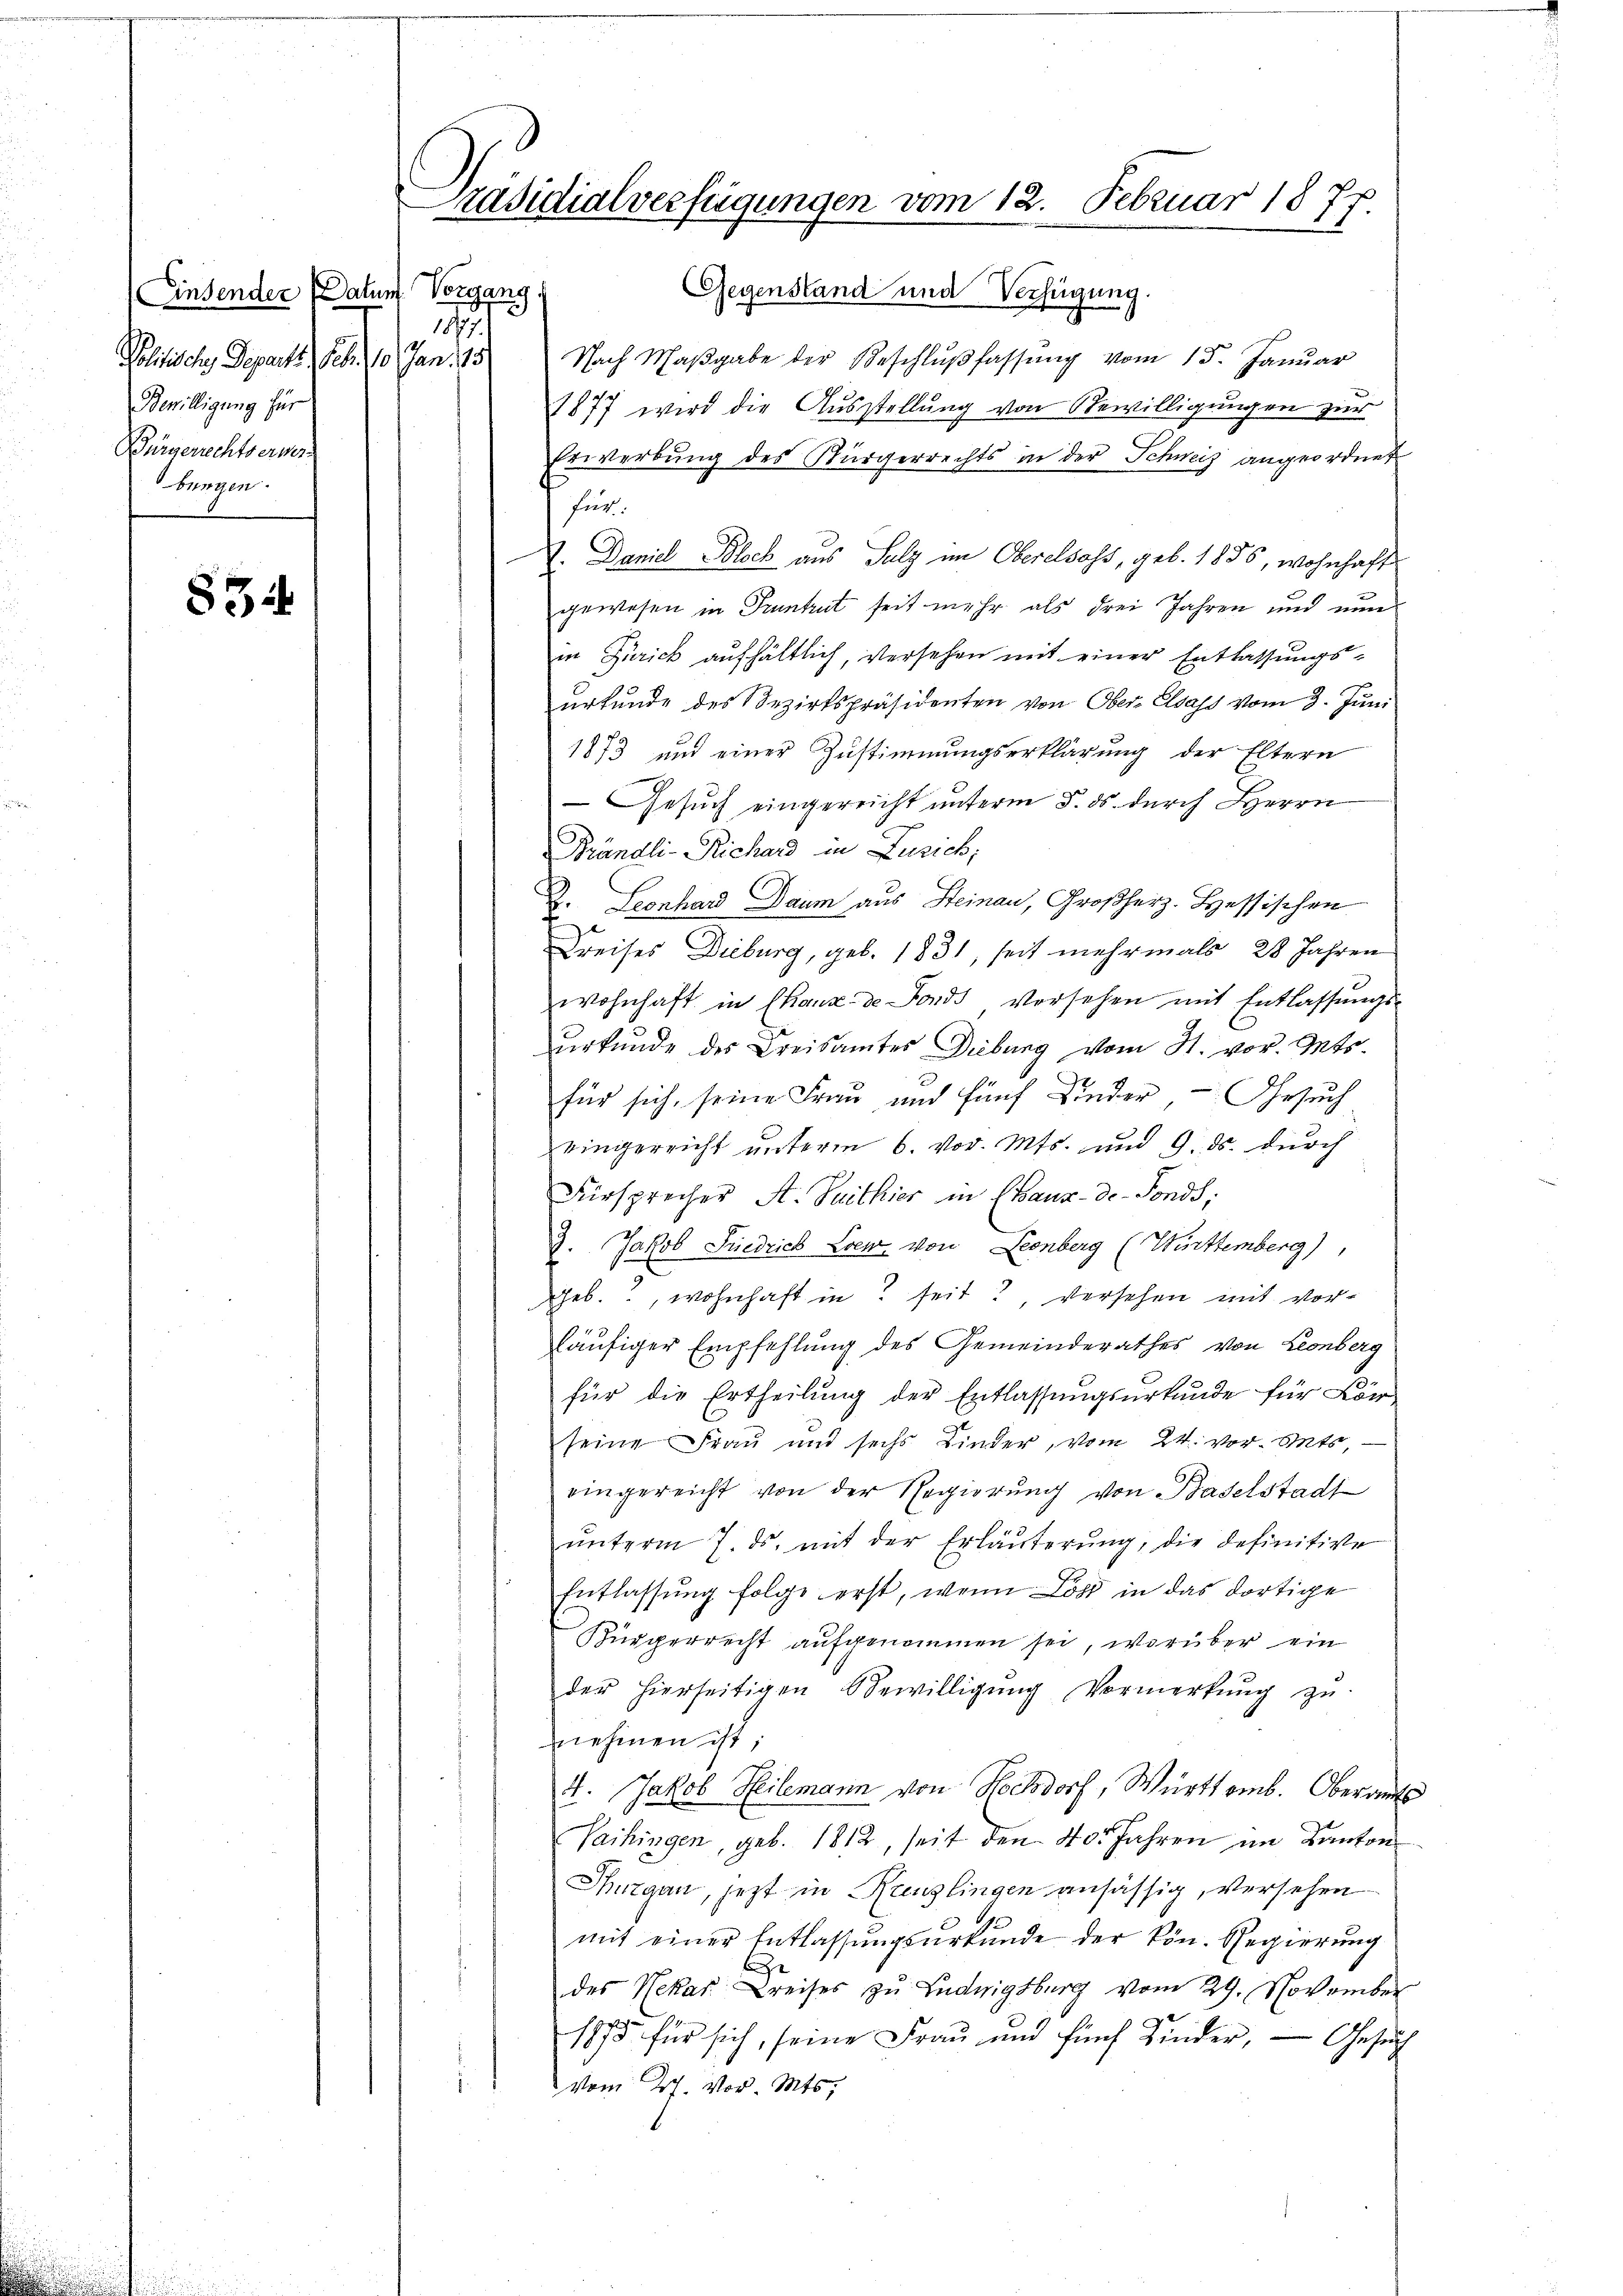
(Einsender Datum Vorgang
187.
Sachen Gegen Art. 1. Jan. 18
Bewilligung für
Bürgerrechtserwer
bungen.

834

Gegenstand und Verfügung.
Nach Maβgabe der Beschlŭβ fassŭng vom 15. Janŭar
1877 wird die Ausstellung von Bewilligungen zur
Erwerbung des Bürgerrechts in der Schweiz angeordnet
für.
V. Daniel Block aus Sulz im Oberelsass, geb. 1835, wohnhaft
gewesen in Pruntrut seit mehr als drei Jahren und nunin Zürich aufhältlich, versehen mit einer Entlassungsurkunde des Bezirkspräsidenten von Ober-Elsass vom 9. Juni
1873 und einer Zustimmungserklärung der Eltern
Gesŭch eingereicht unterm 5. ds. durch Herrn
Brändli-Richard in Zürich,
D. Leonhard Daum aus Steinau, Großherz. Hessischen
Kreises Dieburg, geb. 1831, seit mehrmals 28 Jahren
wohnhaft in Chaux de Fonds versehen mit Entlassŭngs-
urkunde des Kreisamtes Diebung vom 31. vor. Guts
für sich, seine Frau und fünf Kinder - Gesuch
zeingereicht unterm 6. vor. Mts. und 9. ds. durch
Fürsprecher A. Suithier in Chaux-de-Fonds,
9. Jakob Friedrich Loew, von Leonberg (Württemberg),
eb., wohnhaft in seit, versehen mit vorhäufiger Empfehlung des Gemeinderathes von Leonberg
für die Ertheilung der Entlassungsurkunde für Kör
seine Frau und sechs Kinder, vom 24. vor. Mts,
eingereicht von der Regierung von Baselstadt
.
ŭnterm 7. ds. mit der Erläuterung, die definitive
Entlassŭng folge erst, wenn Los in das dortige
Bürgerrecht aufgenommen sei, worüber ein
der hierseitigen Bewilligung Vormerkung zu
nehmen ist;
4. Jakob Heilemann von Hochdorf, Württemb. Oberamts
Vaihingen, geb. 1812, seit den 40. Jahren im Kanton
Thurgau, jetzt in Renzlingen ansässig, versehen
mit einer Entlassungsurkunde der kön. Regierung
E
des Nekas Kreises zu Ludwigsburg vom 29. November
1875 für sich, seine Frau und fünf Binder, — Gesuch
 vom 27. vor. Mts.

Präsidialverfügungen vom 12. Februar 1877.